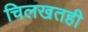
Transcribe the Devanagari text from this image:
चिलखतही